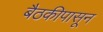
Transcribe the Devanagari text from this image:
बैठकीपासून